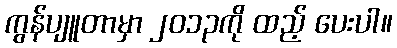
ကွန်ပျူတာမှာ ၂၀၁၃ကို ထည့် ပေးပါ။